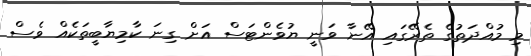
މި މުއްދަތުގެ ތެރޭގައި އޭނާ ވަނީ ޔުވެންޓަސް އަށް ގިނަ ކާމިޔާބީތަކެއް ވެސް